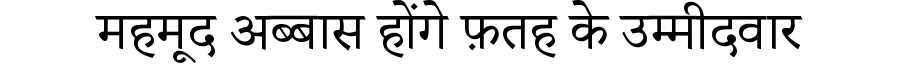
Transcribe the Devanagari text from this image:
महमूद अब्बास होंगे फ़तह के उम्मीदवार